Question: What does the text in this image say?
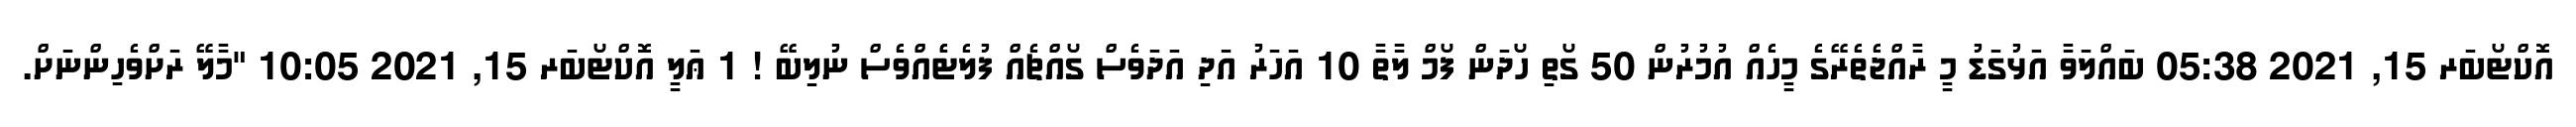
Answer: އޮކްޓޯބަރ 15, 2021 05:38 ބައްލަވާ އަޅުގަޑު މީ ރާއްޖެތެރޭގެ މީހެއް އުމުރުން 50 ގޯތި ހޯދަން ފޯމް ލާތާ 10 އަހަރު އަދި އަދަވެސް ގޯއްޗެއް ފުލެޓެެއްވެސް ނުލިބޭ ! 1 ޢަލީ އޮކްޓޯބަރ 15, 2021 10:05 "މާލޭ ރަށްވެހިންނަށް.